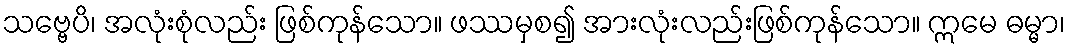
သဗ္ဗေပိ၊ အလုံးစုံလည်း ဖြစ်ကုန်သော။ ဖဿမှစ၍ အားလုံးလည်းဖြစ်ကုန်သော။ ဣမေ ဓမ္မာ၊